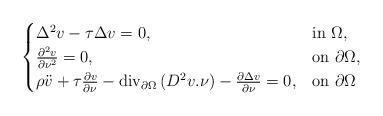
LaTeX: \begin{align*} \begin{cases}\Delta^2v-\tau\Delta v=0, & {\rm in}\ \Omega,\\ \frac{\partial^2v}{\partial\nu^2}=0, & {\rm on}\ \partial\Omega,\\\rho\ddot v+\tau\frac{\partial v}{\partial\nu}-{\rm div}_{\partial\Omega}\left(D^2v.\nu\right)-\frac{\partial\Delta v}{\partial\nu}=0, & {\rm on}\ \partial\Omega \end{cases}\end{align*}